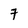
Character: 7